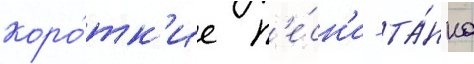
коро́тк'ие п'е́сн'и - та́нка